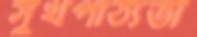
সুখপাঠ্যতা